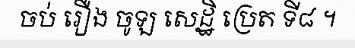
ចប់ រឿង ចូឡ សេដ្ឋិ ប្រេត ទី៨ ។